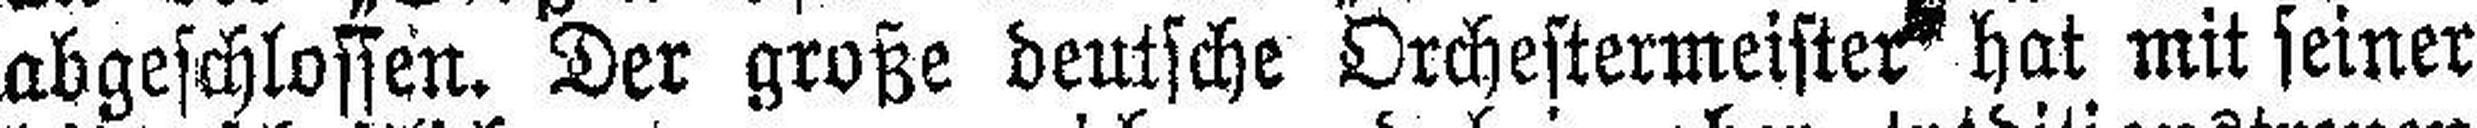
abgeschlossen. Der große deutsche Orchestermeister hat mit seiner